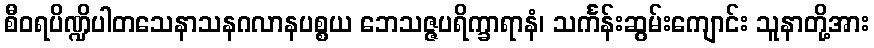
စီဝရပိဏ္ဍိပါတသေနာသနဂလာနပစ္စယ ဘေသဇ္ဇပရိက္ခာရာနံ၊ သင်္ကန်းဆွမ်းကျောင်း သူနာတို့အား